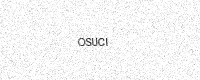
Text: OSUCI